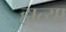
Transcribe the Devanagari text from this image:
हात्या